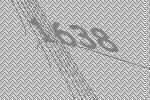
1638